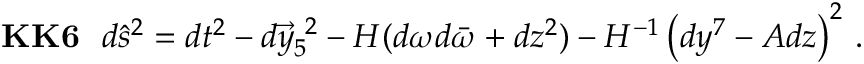
{ \bf K K 6 } \, \, \, \, d \hat { s } ^ { 2 } = d t ^ { 2 } - d \vec { y } _ { 5 } ^ { \ 2 } - H ( d \omega d \bar { \omega } + d z ^ { 2 } ) - H ^ { - 1 } \left( d y ^ { 7 } - A d z \right) ^ { 2 } \, .